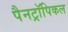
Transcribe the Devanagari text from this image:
पैनट्रॉपिकल